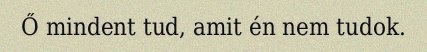
Ő mindent tud, amit én nem tudok.